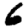
Digit: 6